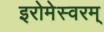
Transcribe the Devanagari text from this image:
इरोमेस्वरम्